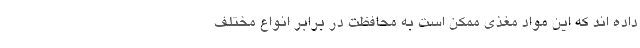
داده اند که این مواد مغذی ممکن است به محافظت در برابر انواع مختلف